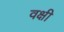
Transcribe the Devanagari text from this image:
वक्षी